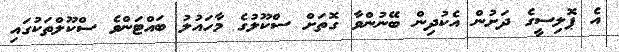
އެ ޕޮލިސީގެ ދަށުން އެކުދިން ބޭނުންވާ ގޮތަށް ސްކޫލުގެ މާހައުލު ބައްޓަންވެ ސްކޫލްތަކުގައި